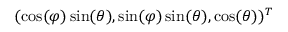
( \cos ( \varphi ) \sin ( \theta ) , \sin ( \varphi ) \sin ( \theta ) , \cos ( \theta ) ) ^ { T }